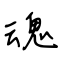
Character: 魂